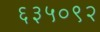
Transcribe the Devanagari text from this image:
६३५०९२